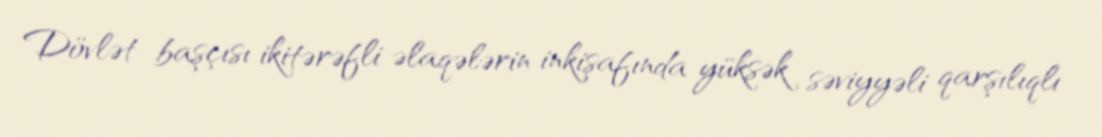
Dövlət başçısı ikitərəfli əlaqələrin inkişafında yüksək səviyyəli qarşılıqlı